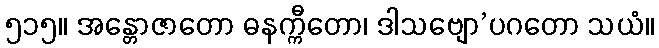
၅၁၅။ အန္တောဇာတော ဓနက္ကီတော၊ ဒါသဗျော’ပဂတော သယံ။